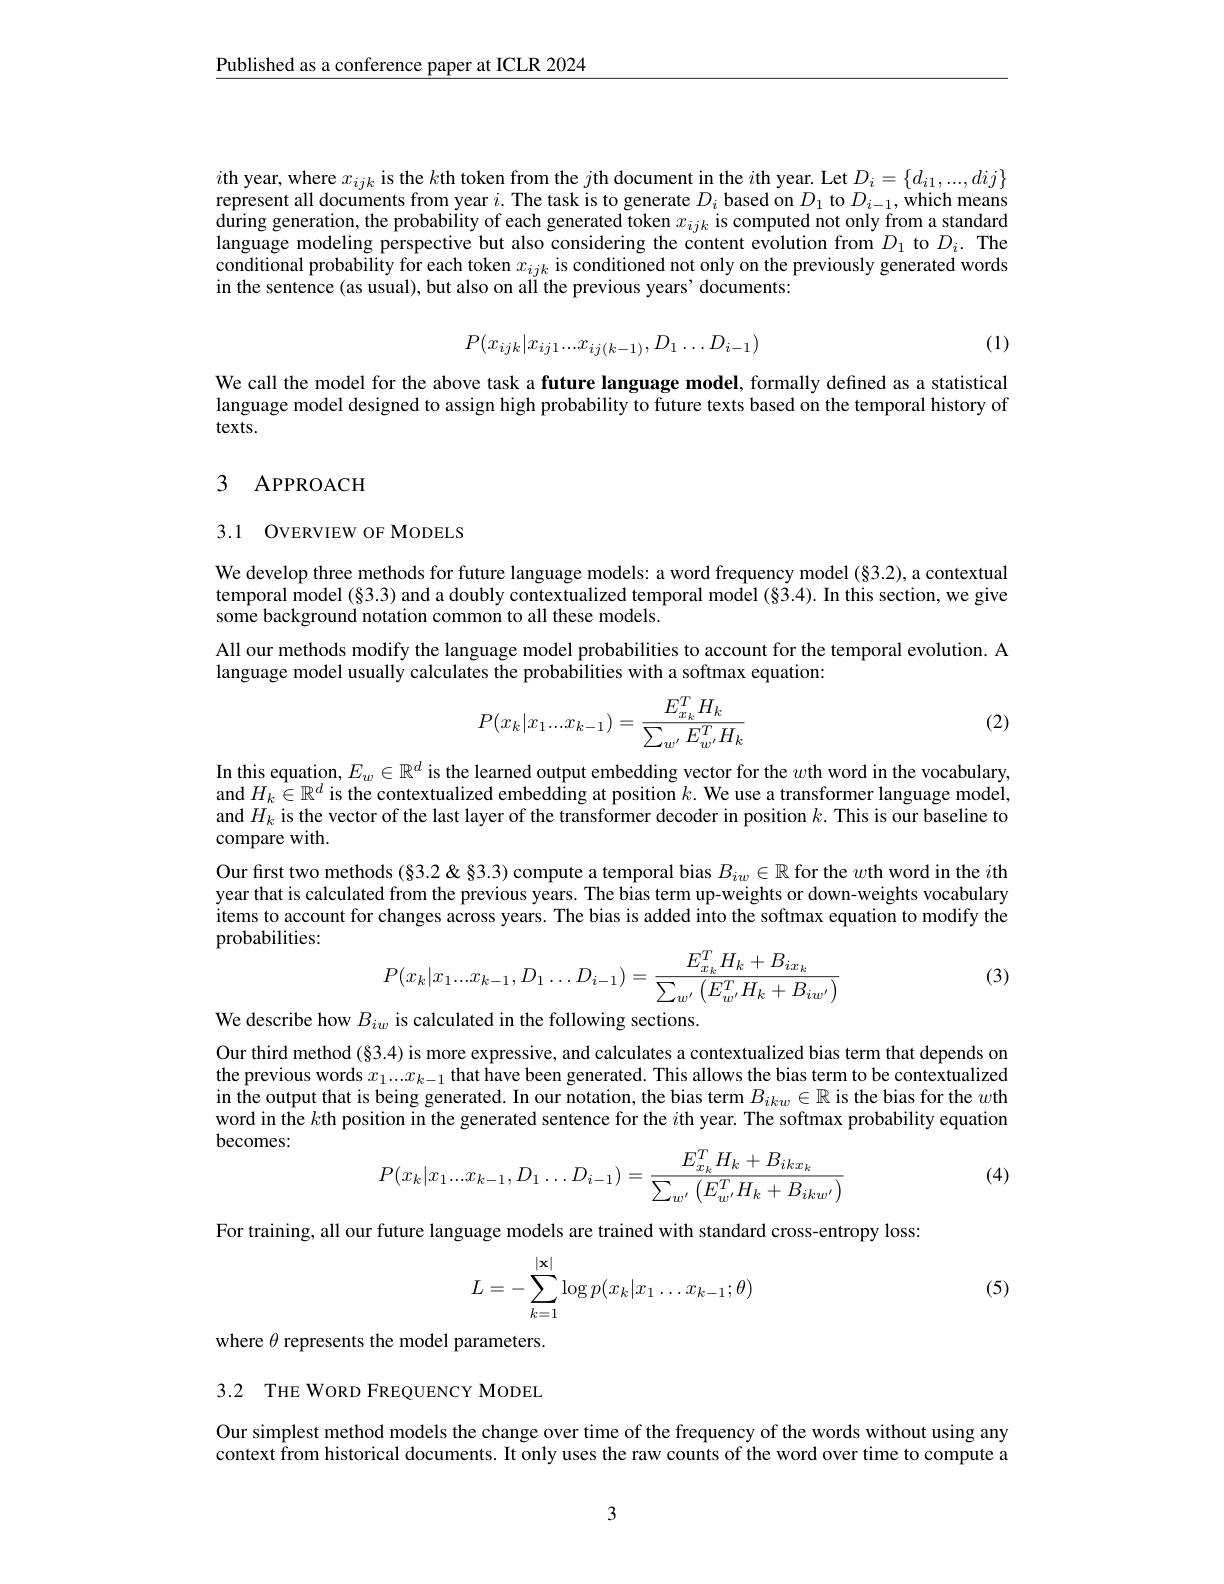
$\underline{\text{Published as a conference paper at ICLR 2024}}$

$i$th year, where $x_ijk$ is the $k$th token from the $j$th document in the $i$th year. Let $D_i=\{d_{i1},...,dij\}$ represent all documents from year $i.$ The task is to generate $D_i$ based on $D_1$ to $D_i-1$, which means during generation, the probability of each generated token $x_{ijk}$ is computed not only from a standard language modeling perspective but also considering the content evolution from $D_1$ to $D_i.$ The conditional probability for each token $x_{ijk}$ is conditioned not only on the previously generated words in the sentence (as usual), but also on ali the previous years' documents:
$$P(x_{ijk}|x_{ij1}...x_{ij(k-1)},D_{1}\ldots D_{i-1})$$
(1)

We call the model for the above task a future language model, formally defined as a statistical language model designed to assign high probability to future texts based on the temporal history of $texts.$

# 3 APPROACH

## 3.1 OVERVIEW OF MODELS

We develop three methods for future language models: a word frequency model (§3.2), a contextual temporal model $(\S3.3)$ and a doubly contextualized temporal model $(\S3.4).$ In this section, we give some background notation common to all these models.

All our methods modify the language model probabilities to account for the temporal evolution. A
language model usually calculates the probabilities with a softmax equation:

(2)
$$P(x_k|x_1...x_{k-1})=\frac{E_{x_k}^TH_k}{\sum_{w'}E_{w'}^TH_k}$$
In this equation, $E_w\in\mathbb{R}^d$ is the learned output embedding vector for the $w$th word in the vocabulary, and $H_k\in\mathbb{R}^d$ is the contextualized embedding at position $k.$ We use a transformer language model, and $H_k$ is the vector of the last layer of the transformer decoder in position $k.$ This is our baseline to compare with.
Our fırst two methods (§3.2 &§3.3) compute a temporal bias $B_{iw}\in\mathbb{R}$ for the $w$th word in the $i$th year that is calculated from the previous years. The bias term up-weights or down-weights vocabulary items to account for changes across years. The bias is added into the softmax equation to modify the probabilities:
$$P(x_k|x_1...x_{k-1},D_1\dots D_{i-1})=\frac{E_{x_k}^TH_k+B_{ix_k}}{\sum_{w'}\left(E_{w'}^TH_k+B_{iw'}\right)}$$
(3)

We describe how $B_{iw}$ is calculated in the following sections.

Our third method (§3.4) is more expressive, and calculates a contextualized bias term that depends on the previous words $x_1...x_{k-1}$ that have been generated. This allows the bias term to be contextualized in the output that is being generated. In our notation, the bias term $B_{ikw}\in\mathbb{R}$ is the bias for the $w$th word in the $k$th position in the generated sentence for the $i$th year. The softmax probability equation becomes:
$$P(x_k|x_1...x_{k-1},D_1\dots D_{i-1})=\frac{E_{x_k}^TH_k+B_{ikx_k}}{\sum_{w'}\left(E_{w'}^TH_k+B_{ikw'}\right)}$$
(4)

For training, all our future language models are trained with standard cross-entropy loss:

(5)
$$\begin{aligned}L=-\sum_{k=1}^{|\mathbf{x}|}\log p(x_k|x_1\dots x_{k-1};\theta)\end{aligned}$$
where $\theta$ represents the model parameters.

3.2 THE WORD FREQUENCY MODEL

Our simplest method models the change over time of the frequency of the words without using any context from historical documents. It only uses the raw counts of the word over time to compute a

3